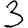
Digit: 3